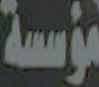
مؤسسة